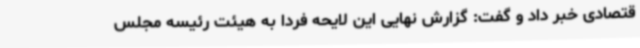
قتصادی خبر داد و گفت: گزارش نهایی این لایحه فردا به هیئت رئیسه مجلس